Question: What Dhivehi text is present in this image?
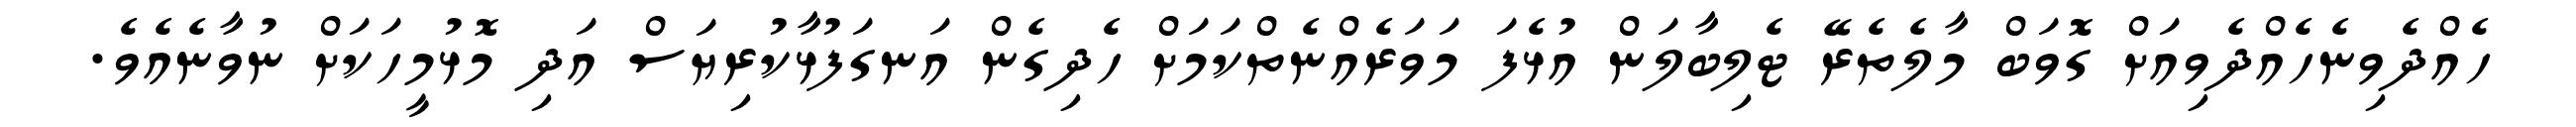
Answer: ހެއްދެވިނެހެއްދެވިއަށް ގޮވަބް މާލެތެރޭ ޓެލިބާލަން އުޅެފަ މަވަރެއްނެތްކަމަށް ހެދިގެން އަނގަފުޅާކުރިޔަސް އަދި މޮޅުމީހަކަށް ނުވާނެއެވެ.